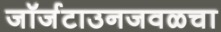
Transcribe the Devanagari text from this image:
जॉर्जटाउनजवळचा